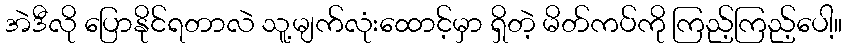
အဲဒီလို ပြောနိုင်ရတာလဲ သူ့မျက်လုံးထောင့်မှာ ရှိတဲ့ မိတ်ကပ်ကို ကြည့်ကြည့်ပေါ့။